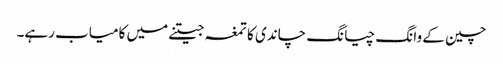
چین کے وانگ چیانگ چاندی کا تمغہ جیتنے میں کامیاب رہے۔